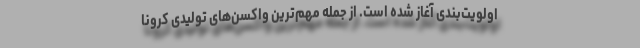
اولویت‌بندی آغاز شده است. از جمله مهم‌ترین واکسن‌های تولیدی کرونا